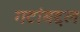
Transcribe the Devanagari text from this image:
गटांबद्दल